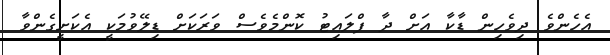
އެހެންވެ ދިވެހިން ޑާކާ އަށް ދާ ފްލައިޓު ކޮންމެވެސް ވަރަކަށް ޑިލޭވުމަކީ އެކަށީގެންވާ